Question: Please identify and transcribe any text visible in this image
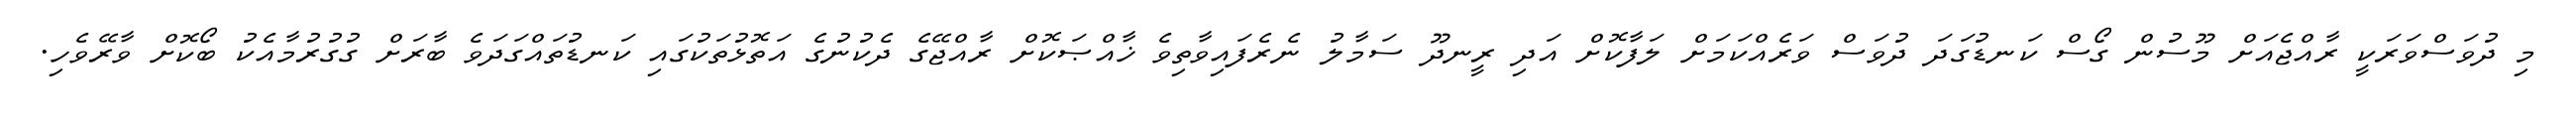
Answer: މި ދުވަސްވަރަކީ ރާއްޖެއަށް މޫސުން ގޯސް ކަނޑުގަދަ ދުވަސް ވަރެއްކަމަށް ލަފާކޮށް އަދި ރީނދޫ ސަމާލު ނެރެފައިވާތިވެ ޚާއްޞަކޮށް ރާއްޖޭގެ ދެކުނުގެ އަތޮޅުތަކުގައި ކަނޑުތައްގަދަވެ ބާރަށް ގުގުރުމާއެކު ބޯކޮށް ވާރޭވެހި.